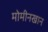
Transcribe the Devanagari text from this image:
मोमीनखान